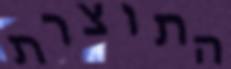
התוצרת